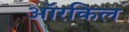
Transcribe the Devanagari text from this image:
ऑरकिल